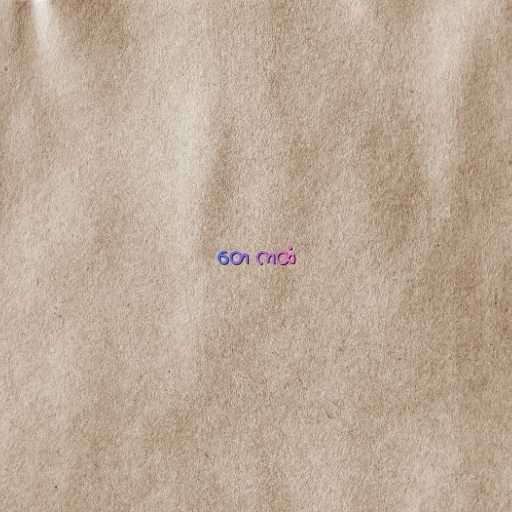
တေ ကထံ